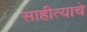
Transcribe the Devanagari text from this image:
साहीत्याचे